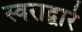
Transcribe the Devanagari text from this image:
स्वराद्वारे